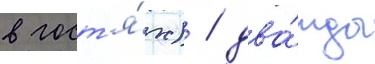
в гост'я́х) / два́жды